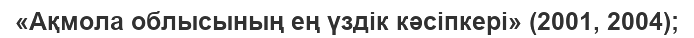
«Ақмола облысының ең үздік кәсіпкері» (2001, 2004);